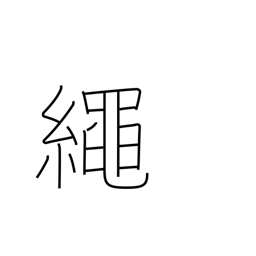
Meaning: cord